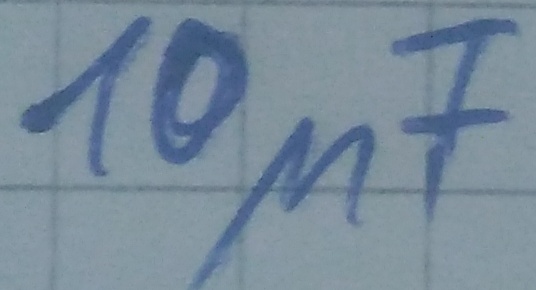
Text: 10µF